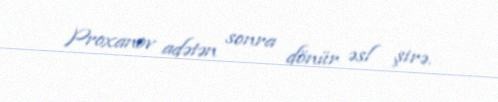
Proxanov adətən sonra dönür əsl şirə.